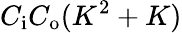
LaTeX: C_{\mathrm{i}}C_{\mathrm{o}}(K^{2}+K)